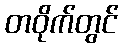
တဝိုက်တွင်